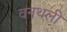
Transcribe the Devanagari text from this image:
वनथली